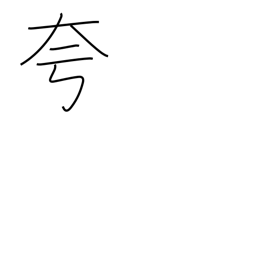
Meaning: boast